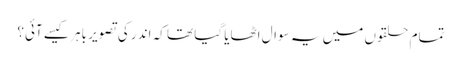
تمام حلقوں میں یہ سوال اٹھایا گیا تھا کہ اندر کی تصویر باہر کیسے آئی؟